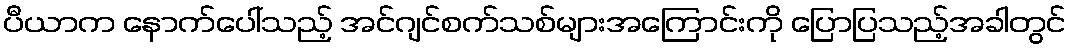
ပီယာက နောက်ပေါ်သည့် အင်ဂျင်စက်သစ်များအကြောင်းကို ပြောပြသည့်အခါတွင်